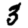
Digit: 3